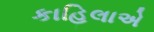
કાહિલાએ